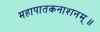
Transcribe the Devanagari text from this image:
महापातकनाशनम्‌॥